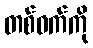
တစ်ဝက်ကို